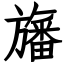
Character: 旛